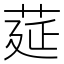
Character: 莚